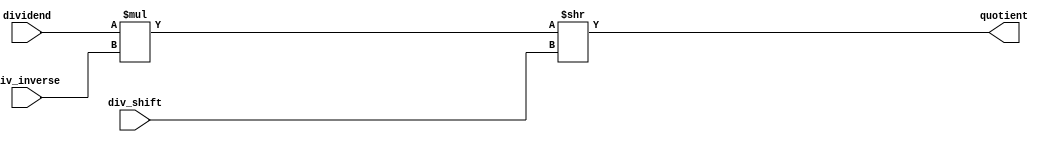
module mul_and_shift
#(parameter DIVIDEND_WIDTH=16,WIDTH_INVERSE=17,WIDTH_SHIFT=4)
(
input [DIVIDEND_WIDTH-1:0] dividend,
input [WIDTH_INVERSE-1:0] div_inverse,
input [  WIDTH_SHIFT-1:0] div_shift,

output [DIVIDEND_WIDTH-1:0] quotient
);

wire[DIVIDEND_WIDTH+WIDTH_INVERSE-1:0] mul_out = dividend * div_inverse;
wire[DIVIDEND_WIDTH+WIDTH_INVERSE-1:0] shift_out = mul_out >> div_shift;

assign quotient = shift_out[DIVIDEND_WIDTH-1:0];

endmodule